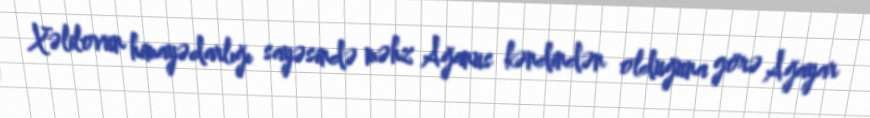
Xəlilovun himayədarlığı sayəsində məhz Ağanus kəndindən olduğuna görə Ağayar